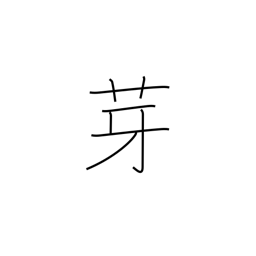
Meaning: spear